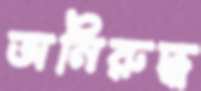
অনিরুদ্ধ